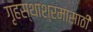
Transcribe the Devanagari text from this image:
गृहस्थाश्रमासाठी